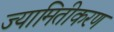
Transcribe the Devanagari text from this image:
ज्यामितीकरण